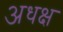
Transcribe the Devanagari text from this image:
अधक्ष